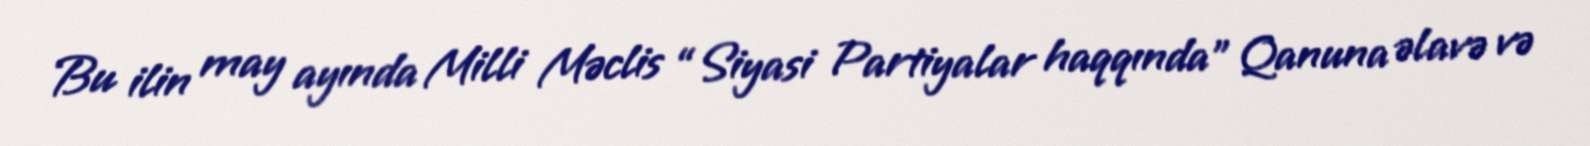
Bu ilin may ayında Milli Məclis “Siyasi Partiyalar haqqında” Qanuna əlavə və